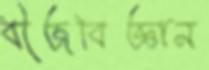
বীজবিজ্ঞান